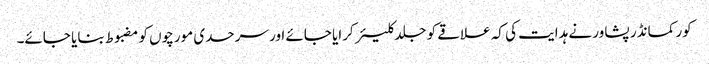
کور کمانڈر پشاور نے ہدایت کی کہ علاقے کو جلد کلیئر کرایا جائے اور سرحدی مورچوں کو مضبوط بنایا جائے۔